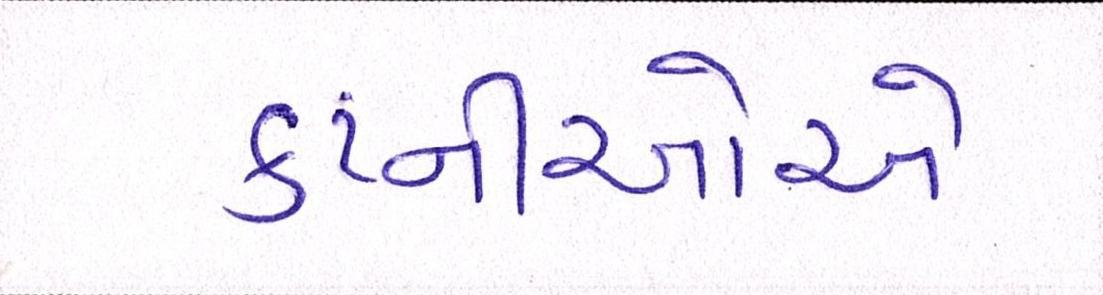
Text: કંપ્નીઓએ